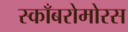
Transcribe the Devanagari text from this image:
स्काँबरोमोरस